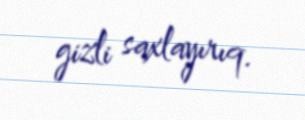
gizli saxlayırıq.